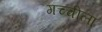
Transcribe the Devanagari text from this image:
गच्चीला